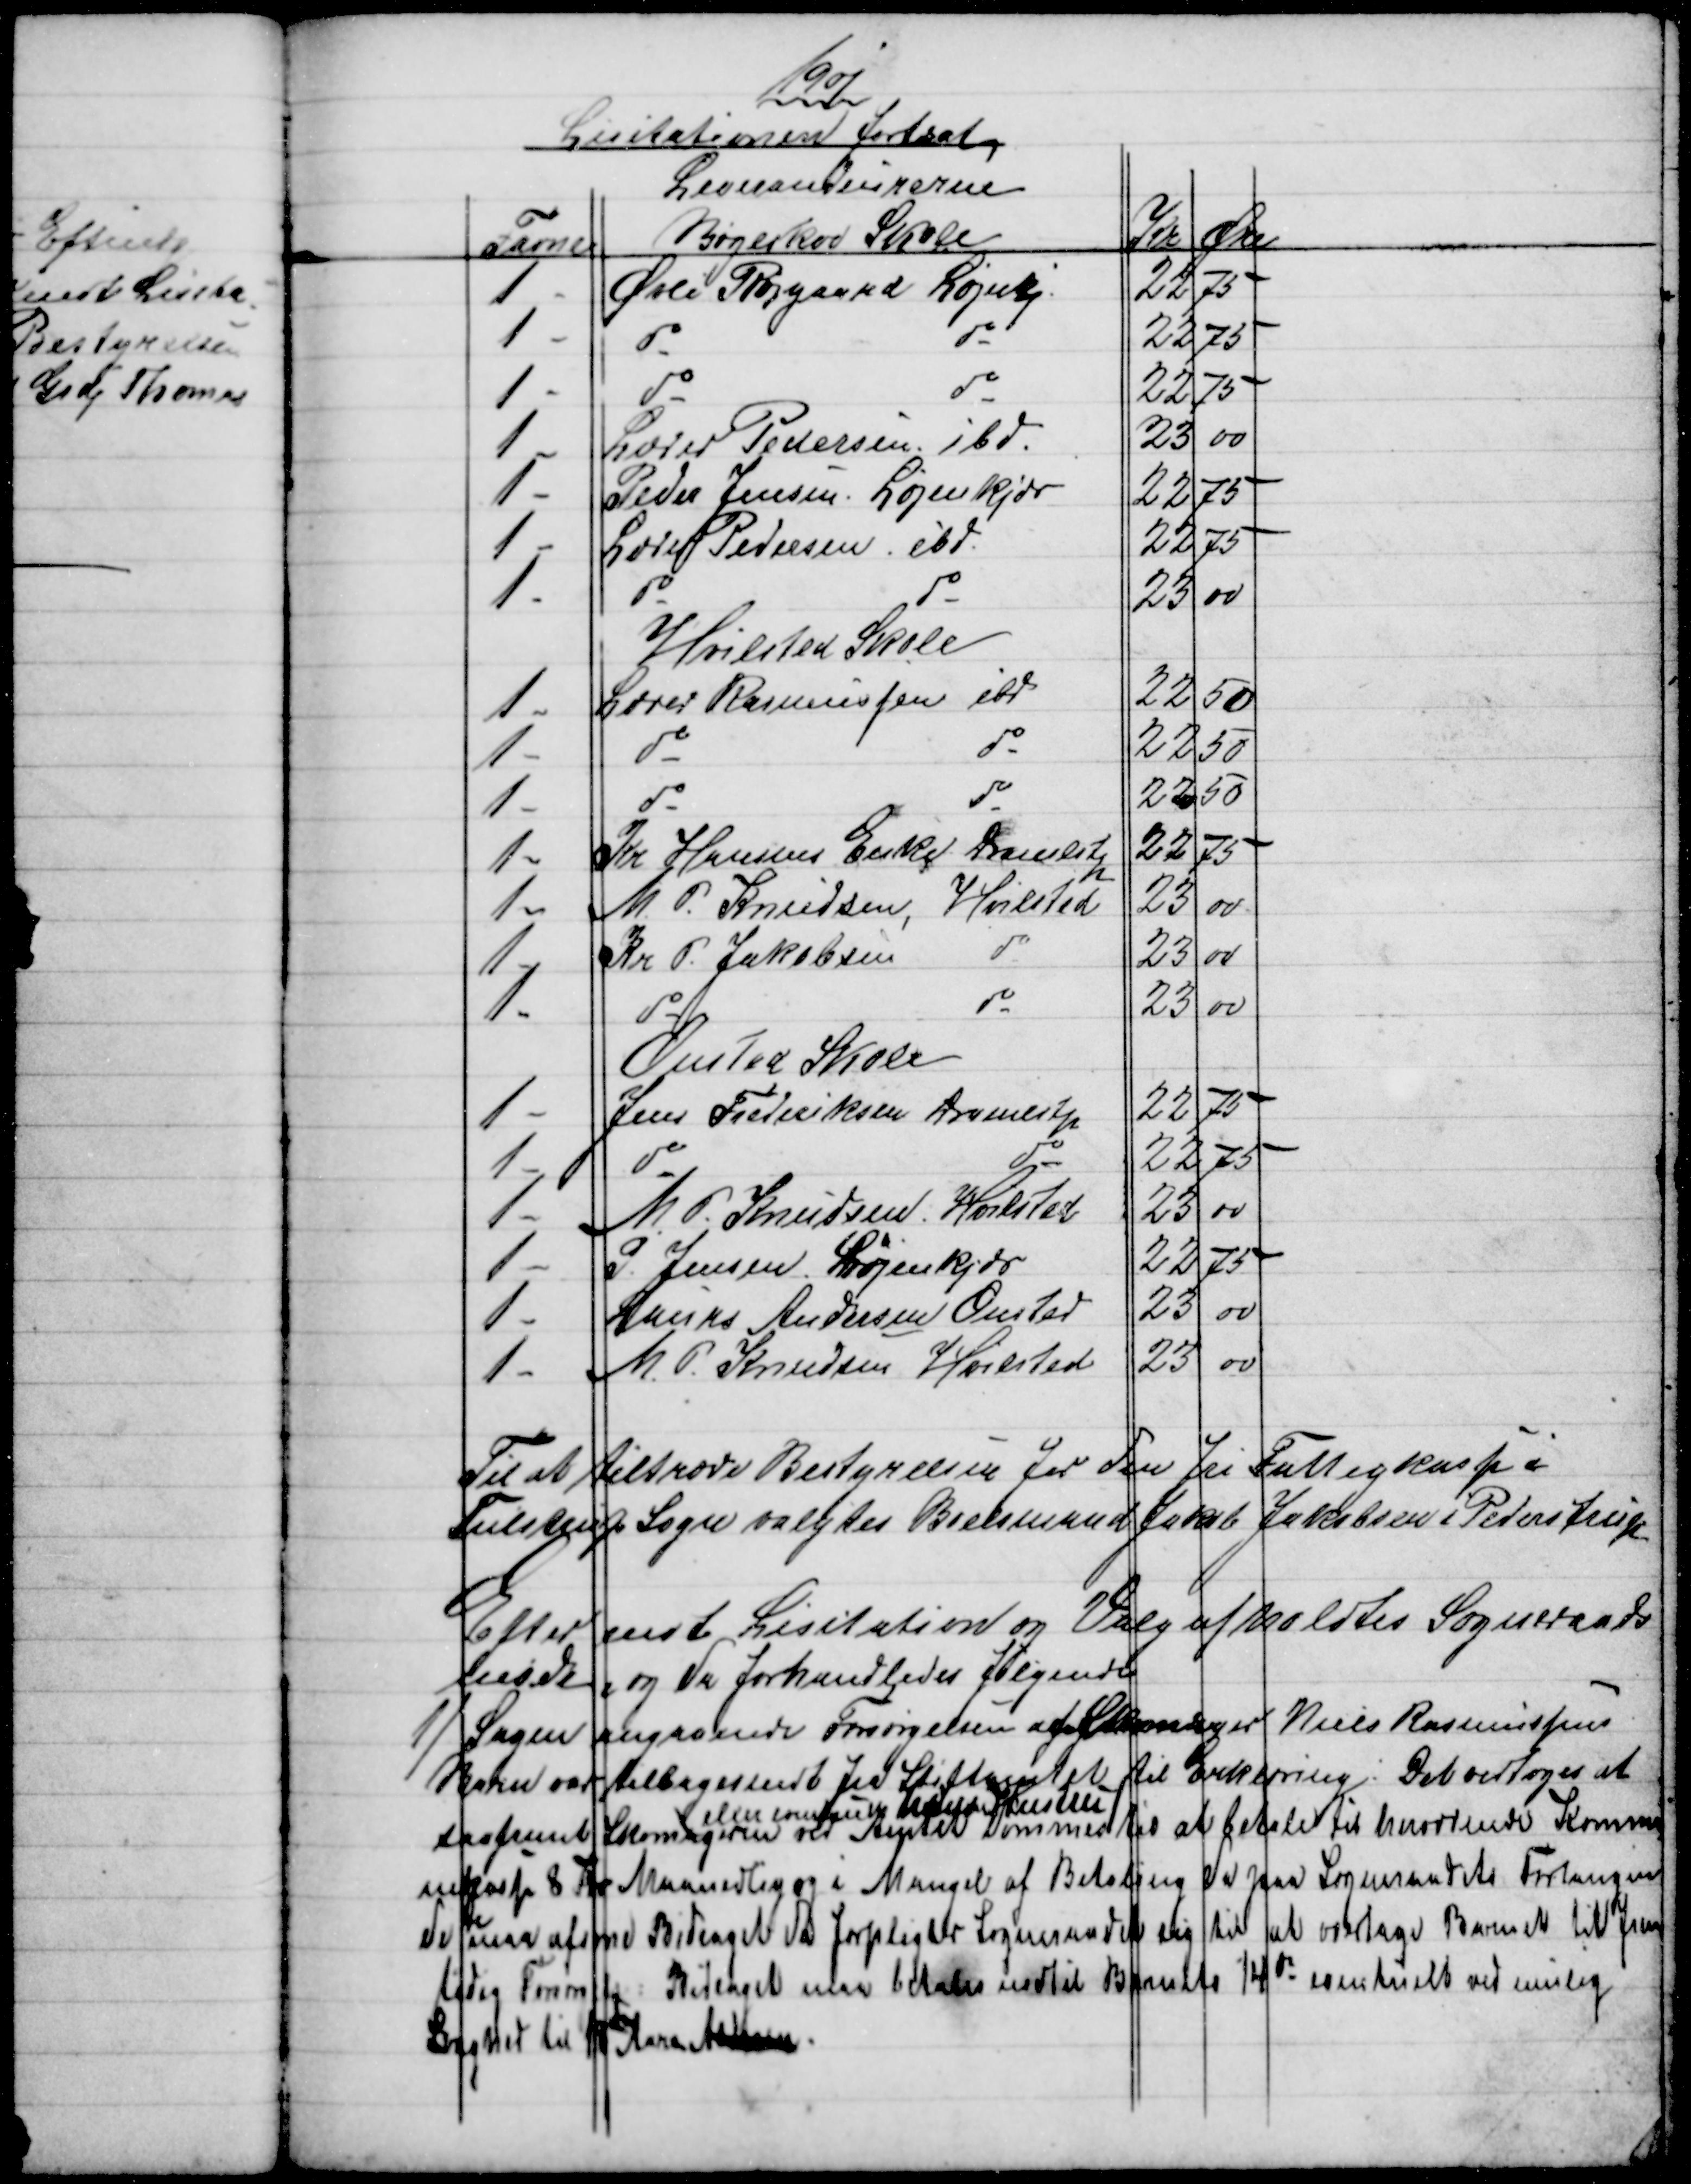
Transskription:
1901
Licitationen fortsat
Leverandeurerne
Favne
Bøgeskov Skole
Kr
Øre
1
Øvli Røjgaard Løjenkj
22
75
1
do
do
22
75
1
do
do
22
75
1
Lærer Pedersen ibd.
23
00
1
Peder Jensen. Løjenkjær
22
75
1
Lærer Pedersen ibd.
22
75
1
do
do
23
00
Hvilsted Skole
1
Lærer Rasmussen
ibd
22
50
1
do
do
22
50
1
do
do
22
50
1
Kr Hansens Enke Dramlstp
22
75
1
M. P. Knudsen, Hvilsted
23
00
1
Kr P. Jakobsen
do
23
00
1
do
do
23
00
Onsted Skole
1
Jens Frederiksen Dramlstp
22
75
1
do
do
22 75
1
M. P. Knudsen, Hvilsted
23 00
1
P. Jensen Løjenkjær
22
75
1
Laurs Andersen Onsted
23
00
1
M. P. Knudsen Hvilsted
23
00
Til at tiltræde Bestyrelsen for den Fri Fattigkasse i
Tulstrup Sogn valgtes Boelsmand Jakob Jakobsen i Pederstrup
Efter endt Lisitation og Valg afholdtes Sogneraads
møde, og da forhandledes følgende
1)
Sagen angaaende Forsørgelsen af Skomager Niels Rasmussens
Barn var tilbagesendt til Stiftamtet til Erklæring. Det vedtoges at
saatremt Skomageren 
eller eventuelt hans Hustru
ved Amtet kommer til at betale til herværende Kommu
nekasse 8 Kr Maanedlig og i Mangel af Betaling da paa Sogneraadets Forlangen
de maa afsone Bidraget da Forpligter Sogneraadet sig til at overtage Barnet til frem
tidig Forsørgelse: Bidraget maa betales indtil Barnets 14de - eventuelt ved midler
Svaghed til 18de Aars Alderen.